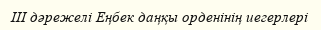
III дәрежелі Еңбек даңқы орденінің иегерлері